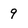
Character: 9